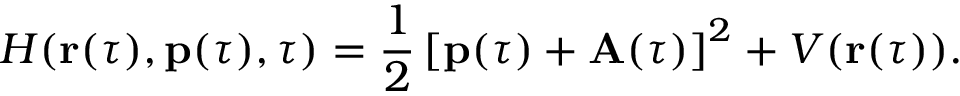
H ( \mathbf { r } ( \tau ) , \mathbf { p } ( \tau ) , \tau ) = \frac { 1 } { 2 } \left[ \mathbf { p } ( \tau ) + \mathbf { A } ( \tau ) \right] ^ { 2 } + V ( \mathbf { r } ( \tau ) ) .